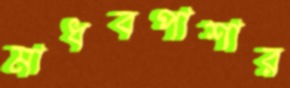
মাধবপাশার